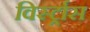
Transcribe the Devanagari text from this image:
विर्स्ट्रास